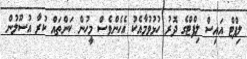
ލިފްޓް އައިސް ލިފްޓްގެ ދޮރު ހުޅުވުމާއެކު އެހެންވެސް މީހުން ކަންތައް ކުރާ އުސޫލުން